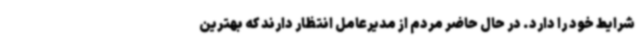
شرایط خود را دارد. در حال حاضر مردم از مدیرعامل انتظار دارند که بهترین